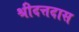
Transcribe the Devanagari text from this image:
श्रीदत्तदास